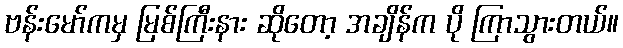
ဗန်းမော်ကမှ မြစ်ကြီးနား ဆိုတော့ အချိန်က ပို ကြာသွားတယ်။